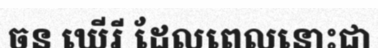
ចន ឃើរី ដែលពេលនោះជា